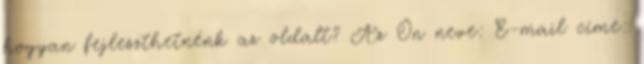
hogyan fejleszthetnénk az oldalt? Az Ön neve: E-mail címe: